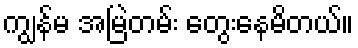
ကျွန်မ အမြဲတမ်း တွေးနေမိတယ်။